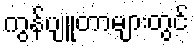
ကွန်ပျူတာများတွင်